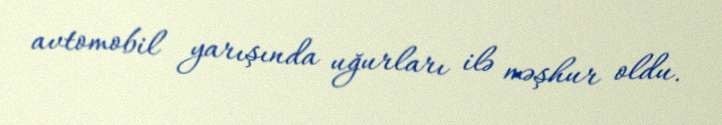
avtomobil yarışında uğurları ilə məşhur oldu.